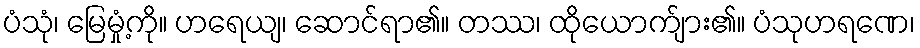
ပံသုံ၊ မြေမှုံ့ကို။ ဟရေယျ၊ ဆောင်ရာ၏။ တဿ၊ ထိုယောက်ျား၏။ ပံသုဟရဏေ၊